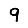
Digit: 9